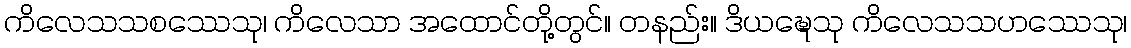
ကိလေသသစဿေသု၊ ကိလေသာ အထောင်တို့တွင်။ တနည်း။ ဒိယဍ္ဎေသု ကိလေသသဟဿေသု၊